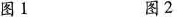
图1 图2